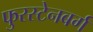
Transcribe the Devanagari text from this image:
फुरस्टेनबर्ग